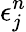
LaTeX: \epsilon_{j}^{n}